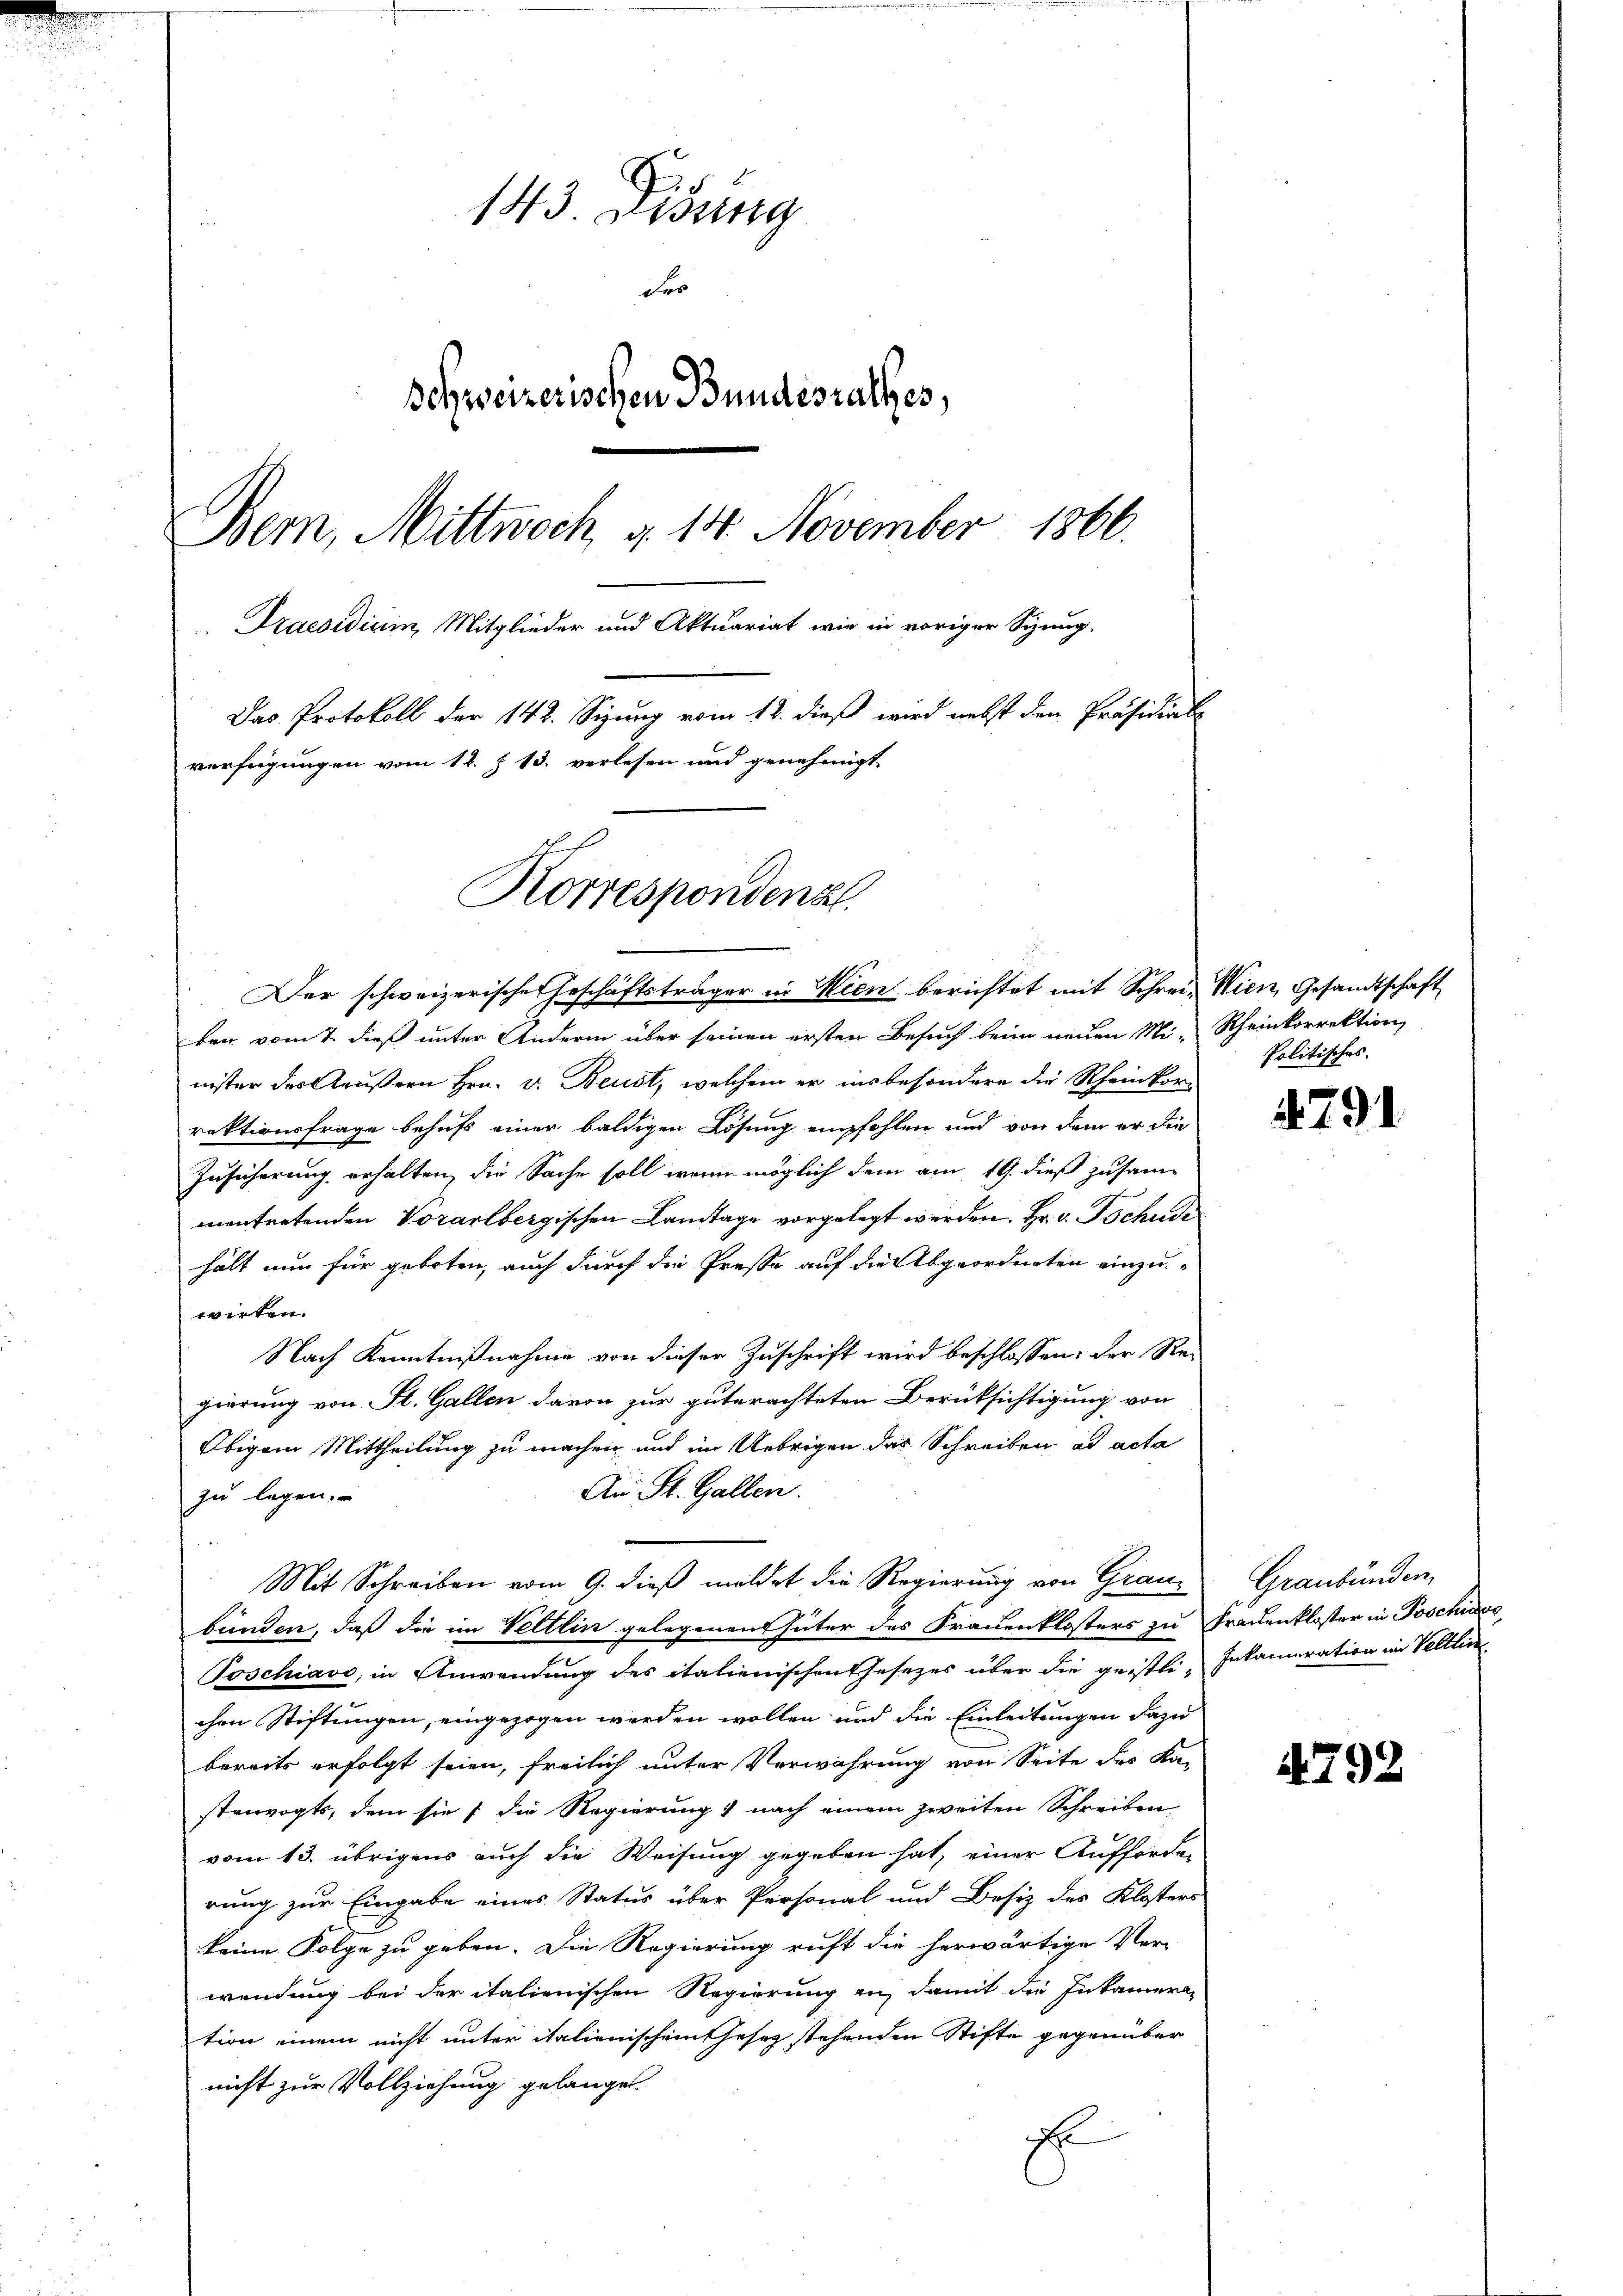
143. Disung
deo
Schweizerischen Bundesrathes,
Bem, Mittwoch d. 14. November 1866.
Praesidium, Mitglieder und Aktuariat wie in voriger Sizung,
Das Protokoll der 142. Sizung vom 12. dieß wird nebst den Präsidial-
verfügungen vom 12. § 13. verlesen und genehmigt.

Korrespondenz

Der schweizerische Geschäftsträger in Wien berichtet mit Schrei- Wien, Gesandtschaft
hen vom 7. dieß unter Andern über seinen ersten Besuch beim neuen Mi-Rheinkorrektion,
nister der Aeußern Hrn. v. Beust, welchem er insbesondere die Rheinkorrektionsfrage behufs einer baldigen Lösung empfohlen und von dem er die
Zusicherung erhalten, die Sache soll, wenn möglich dem am 19. dieß zusam-
mentretenden Vorarlbergischen Landtage vorgelegt werden. Hr. v. Tschudi
hält nun für geboten, auch durch die Presse auf die Abgeordneten einzuwirten.
Nach Kenntnißnahme von dieser Zuschrift wird beschlossen: der Re-
gierung von St. Gallen davon zur guterachteten Berücksichtigung von
Obigem Mittheilung zu machen und im Uebrigen das Schreiben ad acta
An St. Gallen.
zu legen.
bünden, daß die im Veltlin gelegenen Güter des Frauenklosters zu Frauenkloster in Poschisso
Poschiavo, in Anwendung des italienischen Thesezes über die geistli- Inkameration im Veltlic
chen Stiftungen, eingezogen werden wollen und die Einleitungen dazu
bereits erfolgt seien, freilich unter Verwahrung von Seite des Ka-
stenvogts, dem sie [die Regierung nach einem zweiten Schreiben
vom 13. übrigens auch die Weisung gegeben hat, einer Aufforder
rung zur Eingabe eines Status über Personal und Besiz des Klosters
keine Folge zu geben. Die Regierung ruft die herwärtige Ver-
wendung bei der italienischen Regierung an, damit die Inkamera-
tion einem nicht unter italienischen Gesetz stehenden Stifte gegenüber
nicht zur Vollziehung gelange.
E

Mit Schreiben vom 9. dieß meldet die Regierung von Grau¬

Politisches.

791.

Graubünden,

4792